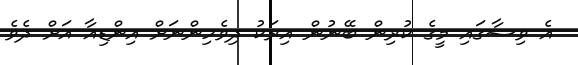
އެ ވިސާގައި މީގެ ކުރިން ބޭނުން އިރަކު ދިވެހިންނަށް އިންޑިއާ އަށް ދެވެ